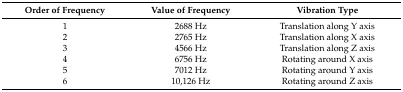
<table><thead><tr><td><b>Order of Frequency </b></td><td><b>Value of Frequency</b></td><td><b>Vibration Type</b></td></tr></thead><tbody><tr><td>1 </td><td>2688 Hz</td><td>Translation along Y axis</td></tr><tr><td>2</td><td>2765 Hz</td><td>Translation along X axis</td></tr><tr><td>3</td><td>4566 Hz</td><td>Translation along Z axis</td></tr><tr><td>4</td><td>6756 Hz</td><td>Rotating around X axis</td></tr><tr><td>5</td><td>7012 Hz</td><td>Rotating around Y axis</td></tr><tr><td>6</td><td>10,126 Hz</td><td>Rotating around Z axis</td></tr></tbody></table>